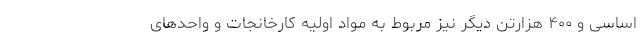
اساسی و ۴۰۰ هزارتن دیگر نیز مربوط به مواد اولیه کارخانجات و واحدهای